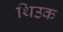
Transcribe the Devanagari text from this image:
थिउक